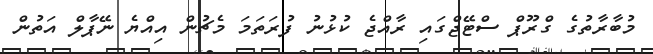
މުބާރާތުގެ ގްރޫޕް ސްޓޭޖްގައި ރާއްޖެ ކުޅުނު ފުރަތަމަ މެޗުން އިއްޔެ ނޭޕާލް އަތުން